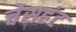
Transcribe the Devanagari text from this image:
चेसहंट